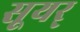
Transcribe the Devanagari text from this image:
सूयर्